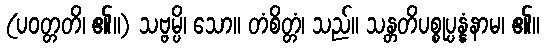
(ပဝတ္တတိ၊ ၏။) သဗ္ဗမ္ပိ၊ သော။ တံစိတ္တံ၊ သည်။ သန္တတိပစ္စုပ္ပန္နံနာမ၊ ၏။